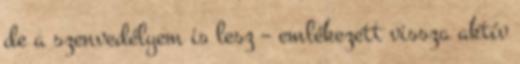
de a szenvedélyem is lesz – emlékezett vissza aktív